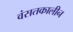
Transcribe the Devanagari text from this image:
वंसतकालीन